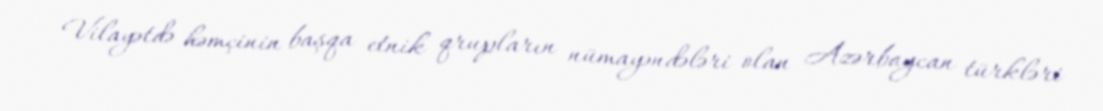
Vilayətdə həmçinin başqa etnik qrupların nümayəndələri olan Azərbaycan türkləri